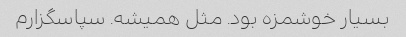
بسیار خوشمزه بود. مثل همیشه. سپاسگزارم